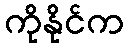
ကိုနိုင်က